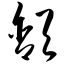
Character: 颔